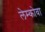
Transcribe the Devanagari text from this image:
लेम्कोवा